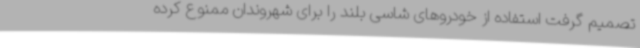
تصمیم گرفت استفاده از خودروهای شاسی بلند را برای شهروندان ممنوع کرده